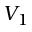
V _ { 1 }